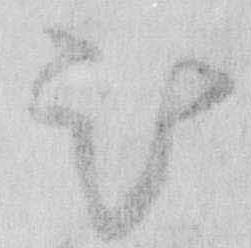
被